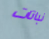
نباتات